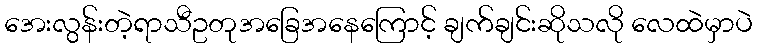
အေးလွန်းတဲ့ရာသီဥတုအခြေအနေကြောင့် ချက်ချင်းဆိုသလို လေထဲမှာပဲ